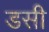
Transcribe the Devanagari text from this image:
डसी